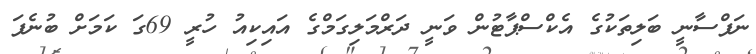
ނަފްސާނީ ބަލިތަކުގެ އެކްސްޕާޓުން ވަނީ ދަރްމަލިގަމްގެ އައިކިއު ހުރީ 69ގަ ކަމަށް ބުނެފަ